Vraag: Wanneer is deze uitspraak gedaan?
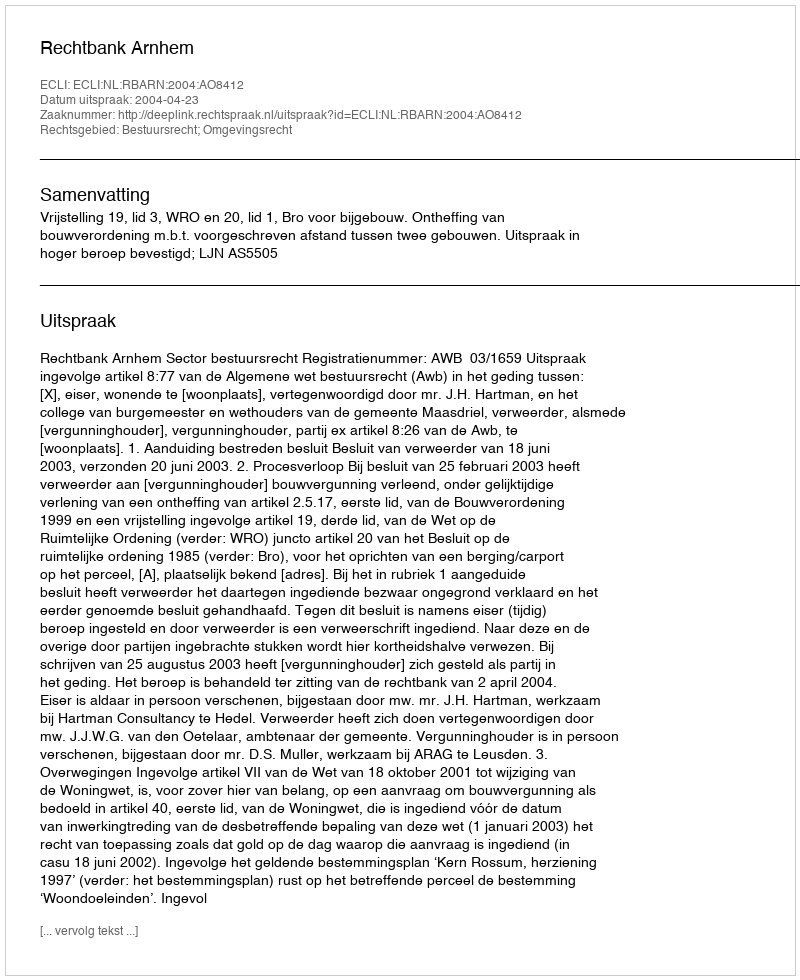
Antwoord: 2004-04-23